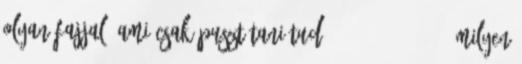
olyan fajjal, ami csak pusztítani tud. 2018.10.16. 13:28 Milyen